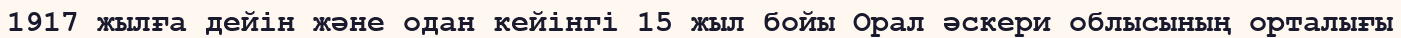
1917 жылға дейін және одан кейінгі 15 жыл бойы Орал әскери облысының орталығы